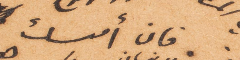
فان أمسك